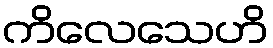
ကိလေသေဟိ